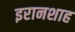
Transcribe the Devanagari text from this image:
इरानशाह